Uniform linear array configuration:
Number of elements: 32
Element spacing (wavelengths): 0.5
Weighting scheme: blackman
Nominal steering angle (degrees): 60
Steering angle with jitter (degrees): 60.809
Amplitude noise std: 0.05
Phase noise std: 0.05

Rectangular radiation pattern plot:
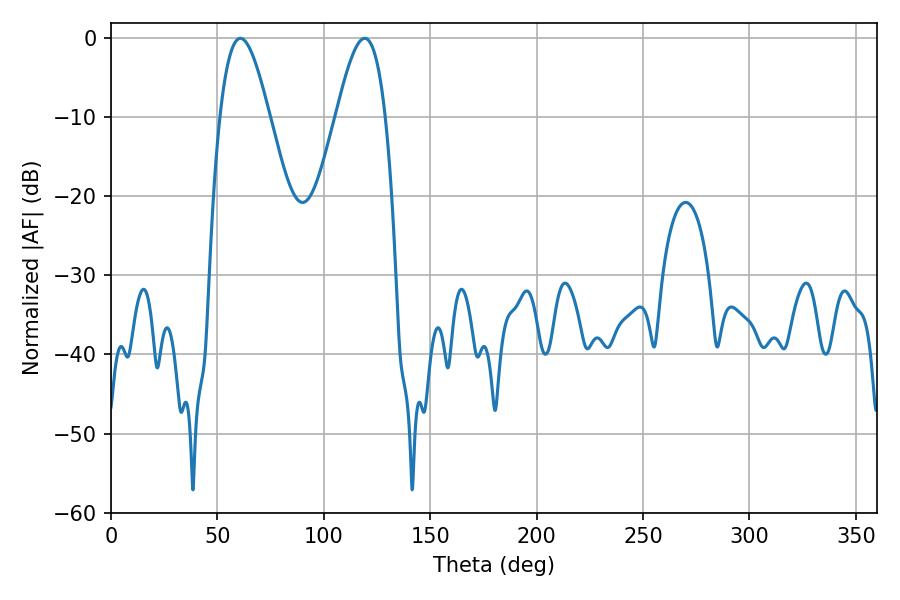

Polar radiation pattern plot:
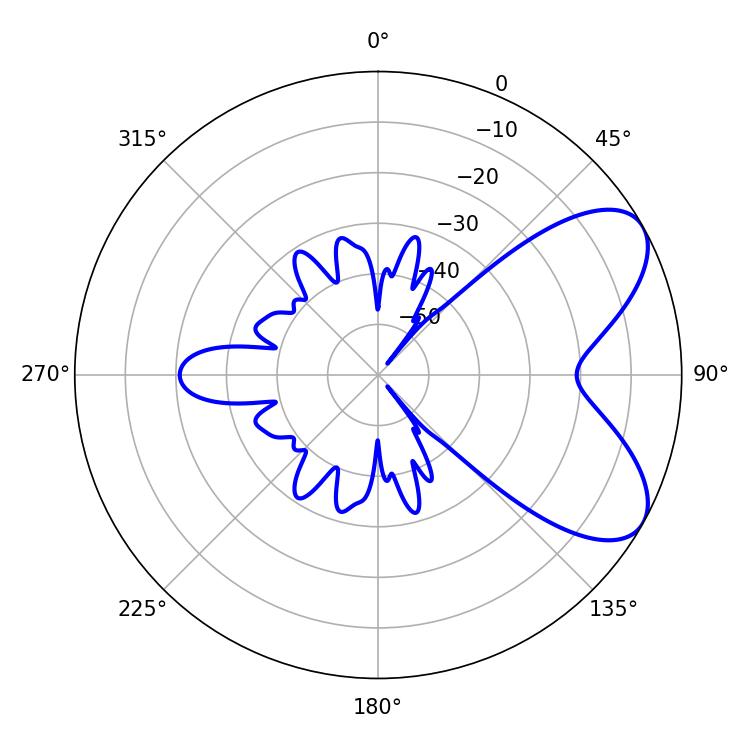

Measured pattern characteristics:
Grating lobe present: FALSE
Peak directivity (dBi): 6.764
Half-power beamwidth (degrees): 12.6
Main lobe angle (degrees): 60.84